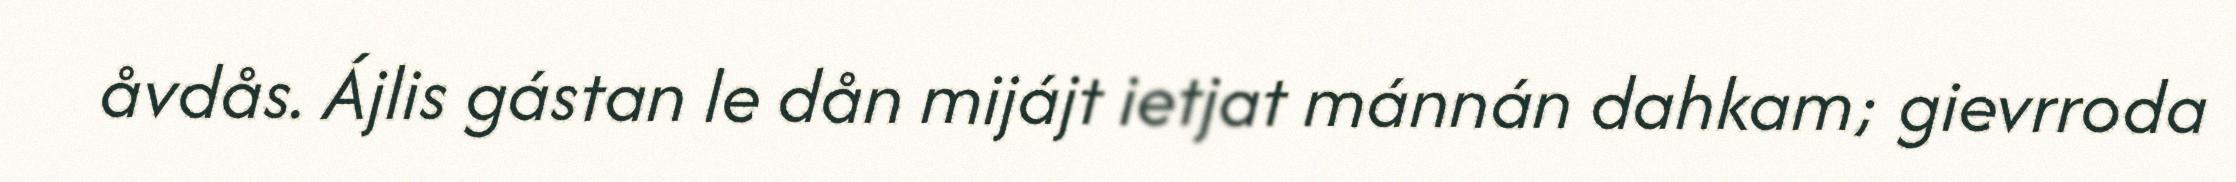
åvdås. Ájlis gástan le dån mijájt ietjat mánnán dahkam; gievrroda